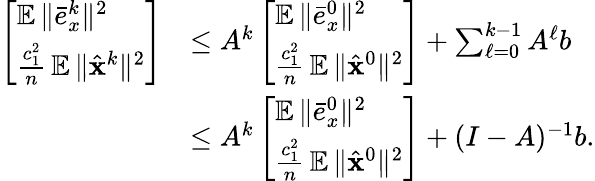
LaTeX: \begin{array}{rl}{\left[\begin{array}{l}{\mathop{\mathbb{E}}\| \bar{e}_{x}^{k}\| ^{2}}\\ {\frac{c_{1}^{2}}{n}\mathop{\mathbb{E}}\| \hat{{\mathbf{x}}}^{k}\| ^{2}}\end{array}\right]}&{\leq A^{k}\left[\begin{array}{l}{\mathop{\mathbb{E}}\| \bar{e}_{x}^{0}\| ^{2}}\\ {\frac{c_{1}^{2}}{n}\mathop{\mathbb{E}}\| \hat{{\mathbf{x}}}^{0}\| ^{2}}\end{array}\right]+\sum_{\ell=0}^{k-1}A^{\ell}b}\\ &{\leq A^{k}\left[\begin{array}{l}{\mathop{\mathbb{E}}\| \bar{e}_{x}^{0}\| ^{2}}\\ {\frac{c_{1}^{2}}{n}\mathop{\mathbb{E}}\| \hat{{\mathbf{x}}}^{0}\| ^{2}}\end{array}\right]+(I-A)^{-1}b.}\end{array}